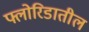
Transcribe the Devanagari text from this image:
फ्लोरिडातील